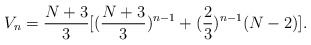
\begin{align*}V_n = \frac{N+3}{3} [(\frac{N+3}{3})^{n-1} + (\frac{2}{3})^{n-1} (N - 2)].\end{align*}